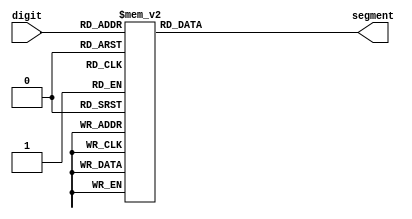
`timescale 1ns / 1ps
//////////////////////////////////////////////////////////////////////////////////
// Company: 
// Engineer: 
// 
// Design Name: 
// Module Name:    Decoder 
// Project Name: 
// Target Devices: 
// Tool versions: 
// Description: 
//
// Dependencies: 
//
// Revision: 
// Revision 0.01 - File Created
// Additional Comments: 
//
//////////////////////////////////////////////////////////////////////////////////module Decoder(
module Decoder (    
	 input [3:0] digit,
    output reg [6:0] segment
    );

always @ *
begin
    case (digit)
        0: segment = ~'b0111111;
        1: segment = ~'b0000110;
        2: segment = ~'b1011011;
        3: segment = ~'b1001111;
        4: segment = ~'b1100110;
        5: segment = ~'b1101101;
        6: segment = ~'b1111101;
        7: segment = ~'b0000111;
        8: segment = ~'b1111111;
        9: segment = ~'b1101111;
		  default : segment = ~'b0111111;
	endcase
end

endmodule